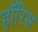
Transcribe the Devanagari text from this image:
हॉरिस